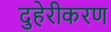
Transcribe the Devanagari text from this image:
दुहेरीकरण